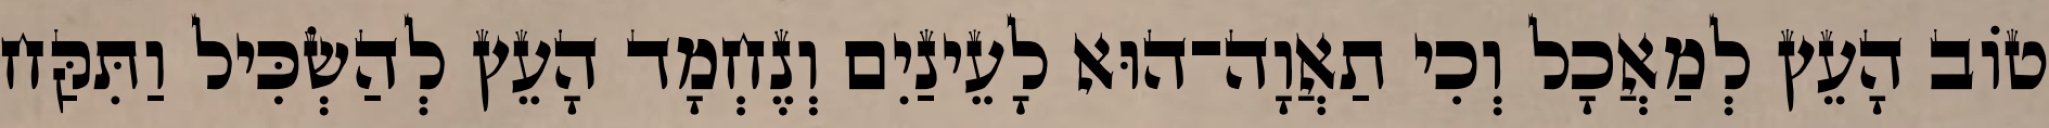
טֹוב הָעֵץ לְמַאֲכָל וְכִי תַאֲוָה־הוּא לָעֵינַיִם וְנֶחְמָד הָעֵץ לְהַשְׂכִּיל וַתִּקַּח